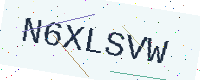
Text: N6XLSVW